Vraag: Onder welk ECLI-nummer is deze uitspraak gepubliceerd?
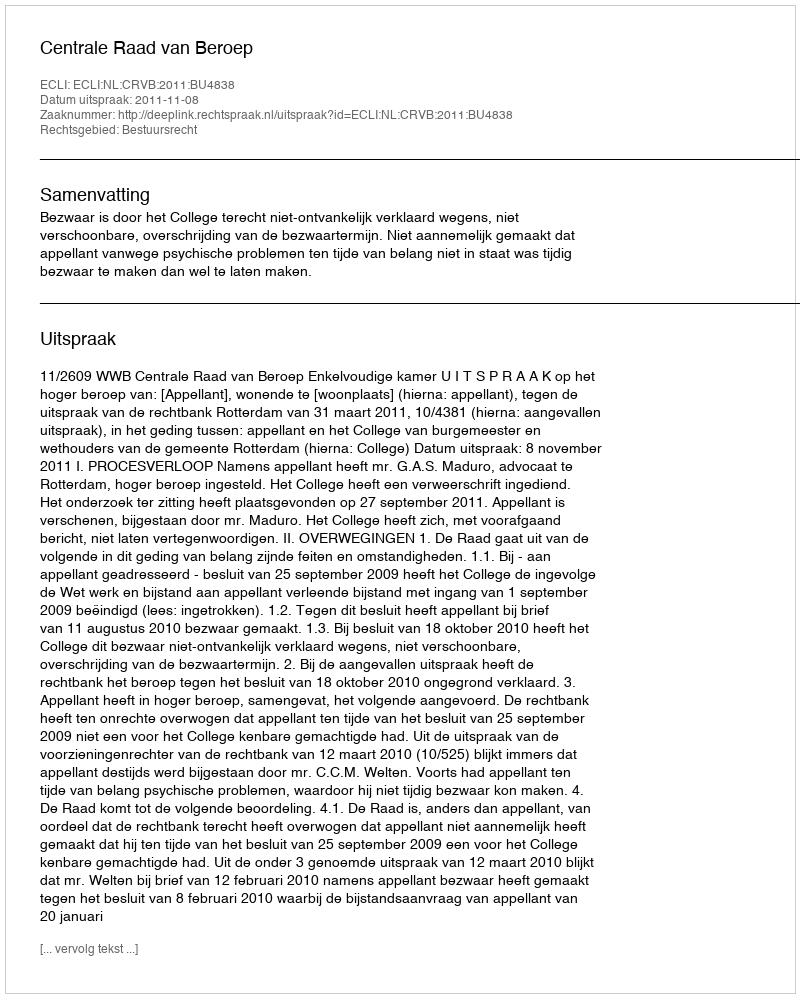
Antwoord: ECLI:NL:CRVB:2011:BU4838